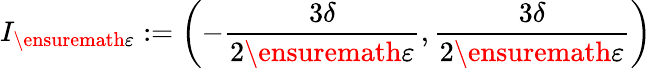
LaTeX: I_{\ensuremath{\varepsilon}}:=\left(-\frac{3\delta}{2\ensuremath{\varepsilon}},\frac{3\delta}{2\ensuremath{\varepsilon}}\right)